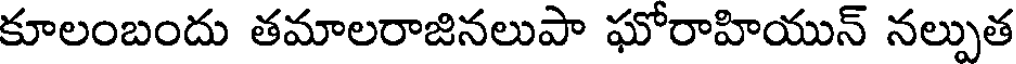
కూలంబందు తమాలరాజినలుపా ఘోరాహియున్ నల్పుత